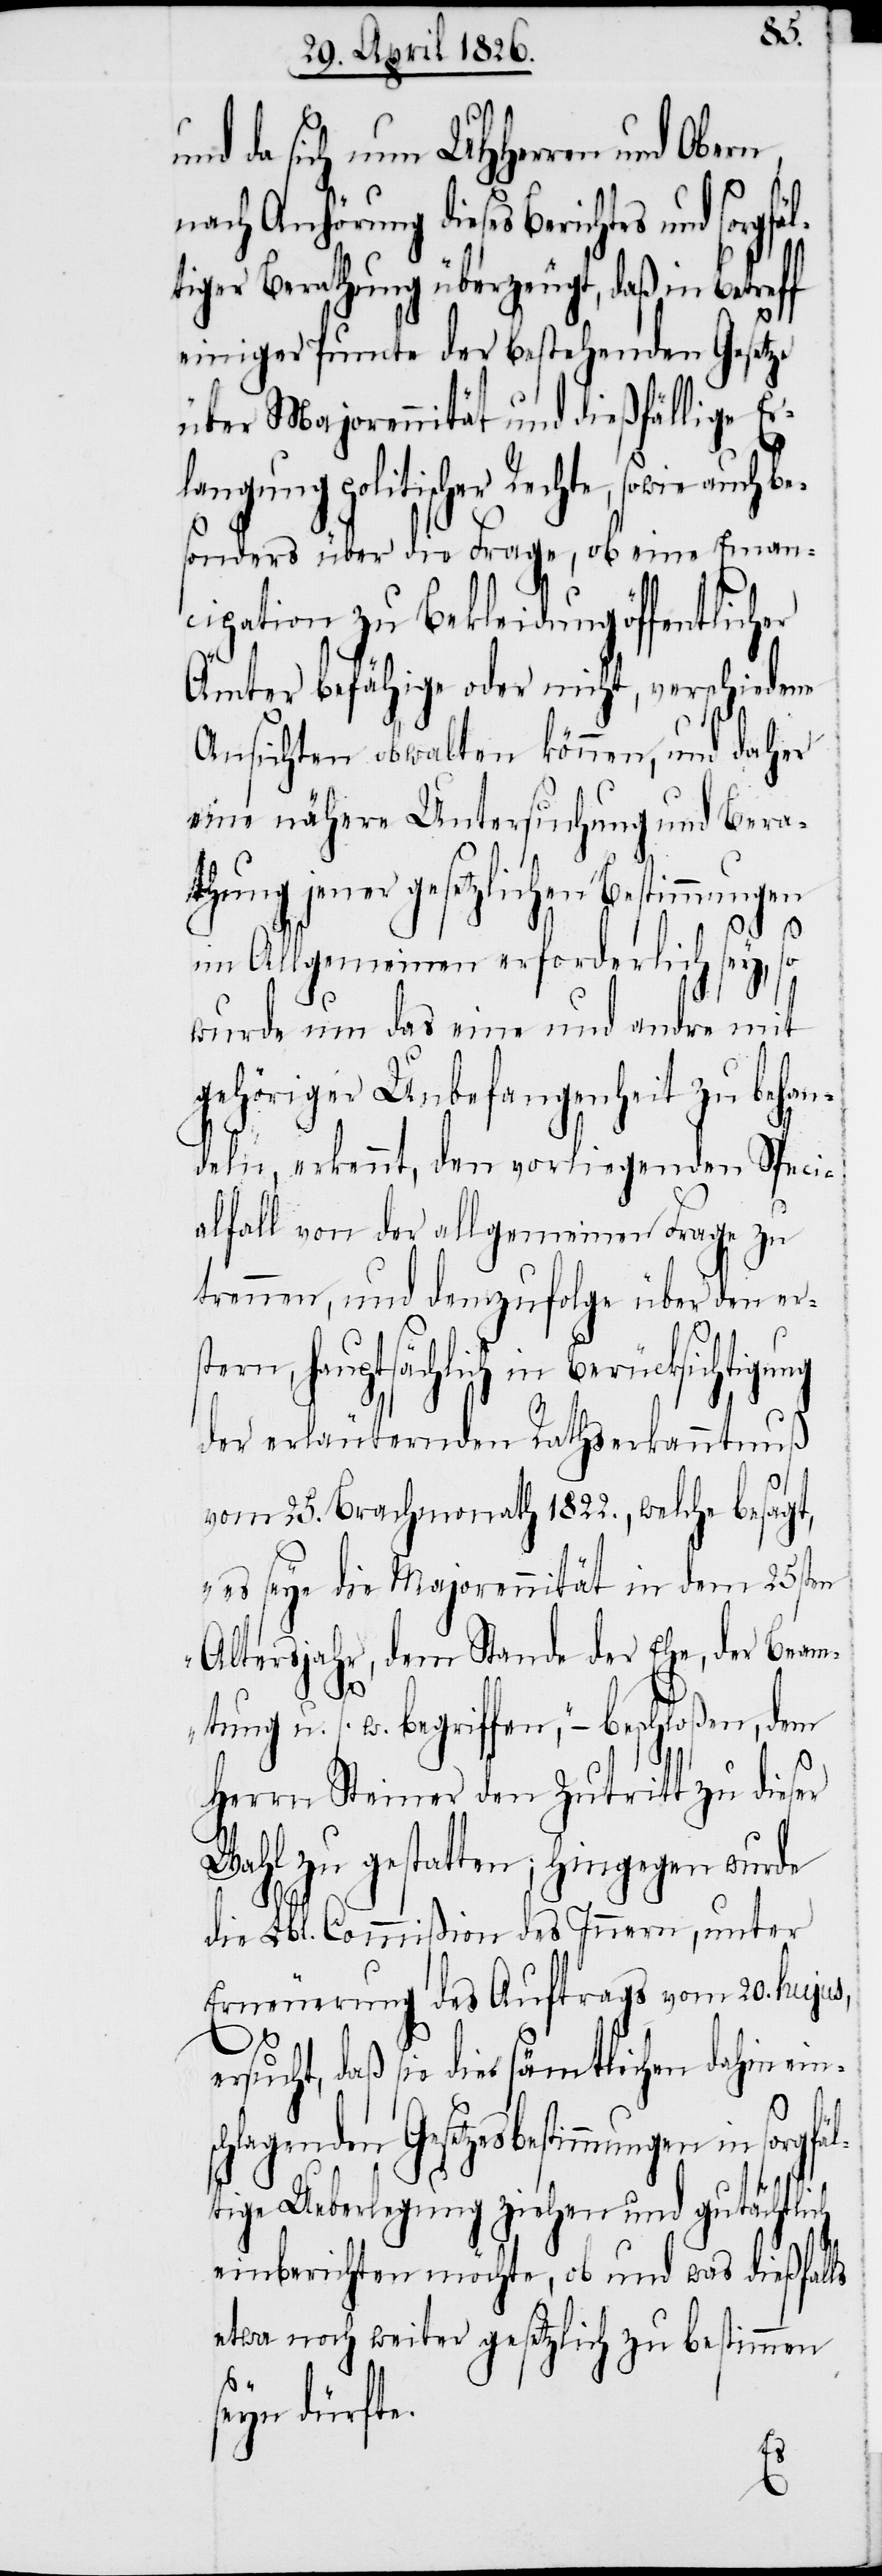
be¬
nd da sich nun UHHerren und
nach Anhörung dieses Berichtes und sorgf¬
tiger Berathung überzeugt, daß in Betreff
einiger Puncte der bestehenden Gesetze
über Majorennität und dießfällige Er¬
langung politischer Rechte, sowie auch
sonders über die Frage, ob eine Eman¬
cipation zu Bekleidung öffentlich¬
Ämter befähige oder nicht, verschiedene
Ansichten obwalten können, und daher
eine nähere Untersuchung und Bera¬
thung jener gesetzlichen Bestimmungen
im Allgemeinen erforderlich sey, so
wurde um das eine und andre mit
gehöriger Unbefangenheit zu behan¬
deln, erkennt, den vorliegenden Speci¬
alfall von der allgemeinen Frage zu
trennen, und demzufolge über den ers¬
tern, hauptsächlich in Berücksichtigu¬
der erläuternden Rathserkanntnuß
vom 25. Brachmonath 1822., welche besagt,
„es seye die Majorennität in dem 25sten
Altersjahr, dem Stande der Ehe, der Beam¬
ng
tung u. s. w. begriffen.“ – beschloßen, dem
Herrn Steiner den Zutritt zu dieser
Wahl zu gestatten; hingegen wurde
die Lbl. Commißion des Innern, unter
Erneuerung des Auftrags vom 20. hujus,
e¬
rsucht, daß sie die sämtlichen dahin ein¬
s¬
chlagenden Gesetzesbestimmungen
tige Ueberlegung ziehen und gutächtlich
einberichten möchte, ob und was dießfalls
etwa noch weiter gesetzlich zu bestimmen
seyn dürfte.
l¬